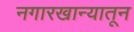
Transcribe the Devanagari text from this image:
नगारखान्यातून